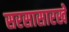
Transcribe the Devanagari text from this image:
सरसासारखे